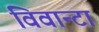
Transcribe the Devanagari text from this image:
विवान्टा